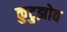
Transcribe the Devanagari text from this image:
कुटुझोव